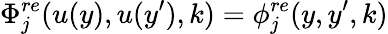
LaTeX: \Phi_{j}^{re}(u(y),u(y^{\prime}),k)=\phi_{j}^{re}(y,y^{\prime},k)